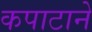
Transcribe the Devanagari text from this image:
कपाटाने